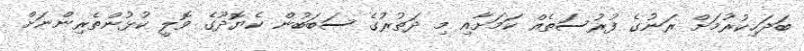
ބަދަހިކުރުމަށް ރަނުގެ ފުރުސަތެއް ކަމަށާއި މި ދަތުރުގެ ސަބަބުން ކެޔޮދޫގެ ވޮލީ ކުޅުންތެރިންނަށް